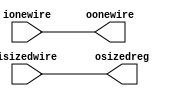
module t_inst
  (
   output reg [7:0] osizedreg,
   output wire oonewire ,
   input [7:0] isizedwire,
   input wire ionewire
   );
   assign oonewire = ionewire;
   always @* begin
      osizedreg = isizedwire;
   end
endmodule